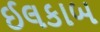
ઈલકાબ